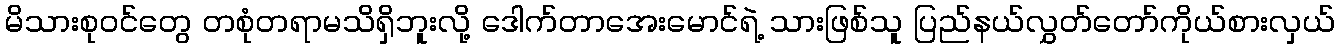
မိသားစုဝင်တွေ တစုံတရာမသိရှိဘူးလို့ ဒေါက်တာအေးမောင်ရဲ့ သားဖြစ်သူ ပြည်နယ်လွှတ်တော်ကိုယ်စားလှယ်